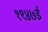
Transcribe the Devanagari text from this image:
१९४७ई